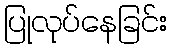
ပြုလုပ်နေခြင်း